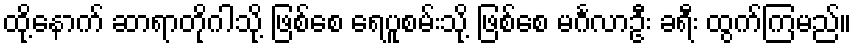
ထို့နောက် ဆာရာတိုဂါသို့ ဖြစ်စေ ရေပူစမ်းသို့ ဖြစ်စေ မင်္ဂလာဦး ခရီး ထွက်ကြမည်။